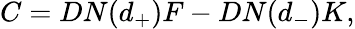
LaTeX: C=DN(d_{+})F-DN(d_{-})K,